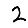
Digit: 2